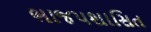
ભાજપશાસિત